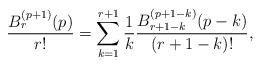
LaTeX: \begin{align*} \frac{B_{r}^{(p+1)}(p) }{r!} = \sum_{k=1}^{r+1} \frac{1}{k} \frac{B_{r+1-k}^{(p+1-k)}(p-k)}{(r+1-k)!}, \end{align*}